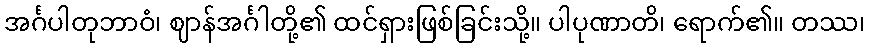
အင်္ဂပါတုဘာဝံ၊ ဈာန်အင်္ဂါတို့၏ ထင်ရှားဖြစ်ခြင်းသို့။ ပါပုဏာတိ၊ ရောက်၏။ တဿ၊